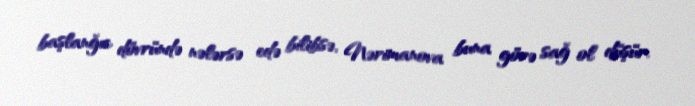
başlanğıc dövründə nələrsə edə bilibsə, Nərimanova buna görə sağ ol düşür.